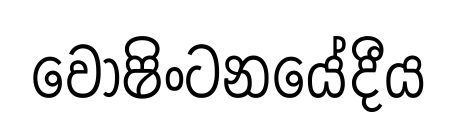
වොෂිංටනයේදීය